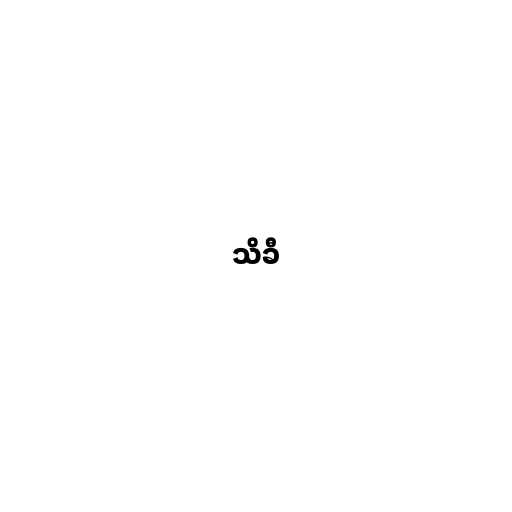
သိခီ